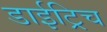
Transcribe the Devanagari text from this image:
डाईट्रिच